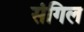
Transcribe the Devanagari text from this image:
संगिल